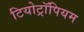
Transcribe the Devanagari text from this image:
टियोट्रॉपियम